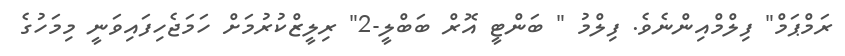
ރަމްޕަމް" ފިލްމްއިންނެވެ. ފިލްމު " ބަންޓީ އޮރް ބަބްލީ-2" ރިލީޒްކުރުމަށް ހަމަޖެހިފައިވަނީ މިމަހުގެ